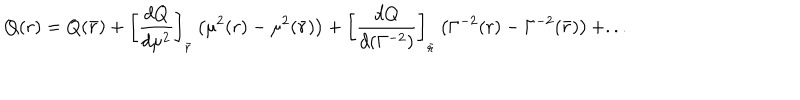
LaTeX: Q ( r ) = Q ( \bar { r } ) + \left[ { \frac { d Q } { d \mu ^ { 2 } } } \right] _ { \bar { r } } \left( \mu ^ { 2 } ( r ) - \mu ^ { 2 } ( \bar { r } ) \right) + \left[ { \frac { d Q } { d ( \Gamma ^ { - 2 } ) } } \right] _ { \bar { r } } \left( \Gamma ^ { - 2 } ( r ) - \Gamma ^ { - 2 } ( \bar { r } ) \right) + . . .